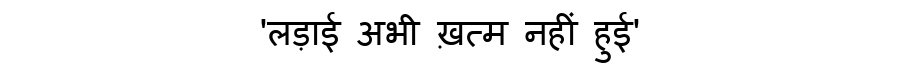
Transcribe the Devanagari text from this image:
'लड़ाई अभी ख़त्म नहीं हुई'